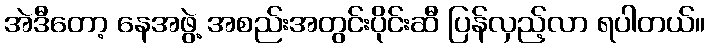
အဲဒီတော့ နေအဖွဲ့ အစည်းအတွင်းပိုင်းဆီ ပြန်လှည့်လာ ရပါတယ်။